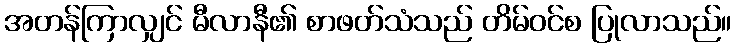
အတန်ကြာလျှင် မီလာနီ၏ စာဖတ်သံသည် တိမ်ဝင်စ ပြုလာသည်။